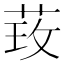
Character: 𮶦